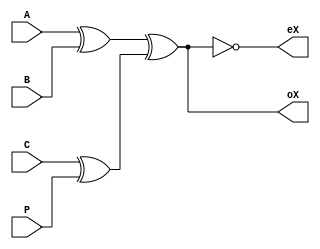
module paritychecker(A,B,C,P,eX,oX);
  input A,B,C,P;
  output eX,oX;
  assign eX=~((A^B)^(C^P)),oX=((A^B)^(C^P));
endmodule